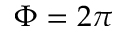
\Phi = 2 \pi